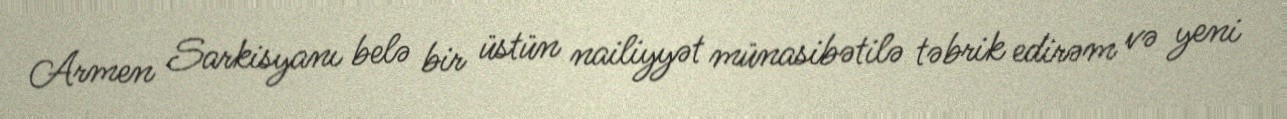
Armen Sarkisyanı belə bir üstün nailiyyət münasibətilə təbrik edirəm və yeni